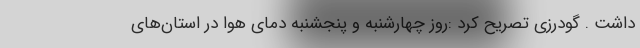
داشت . گودرزی تصریح کرد :روز چهارشنبه و پنجشنبه دمای هوا در استان‌های